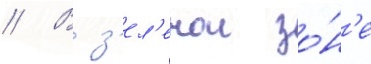
// В з'ел'енои зо́н'е